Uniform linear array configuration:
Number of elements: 48
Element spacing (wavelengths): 0.5
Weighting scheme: uniform
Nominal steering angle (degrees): -45
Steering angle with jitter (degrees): -43.414
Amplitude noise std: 0.05
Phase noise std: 0.05

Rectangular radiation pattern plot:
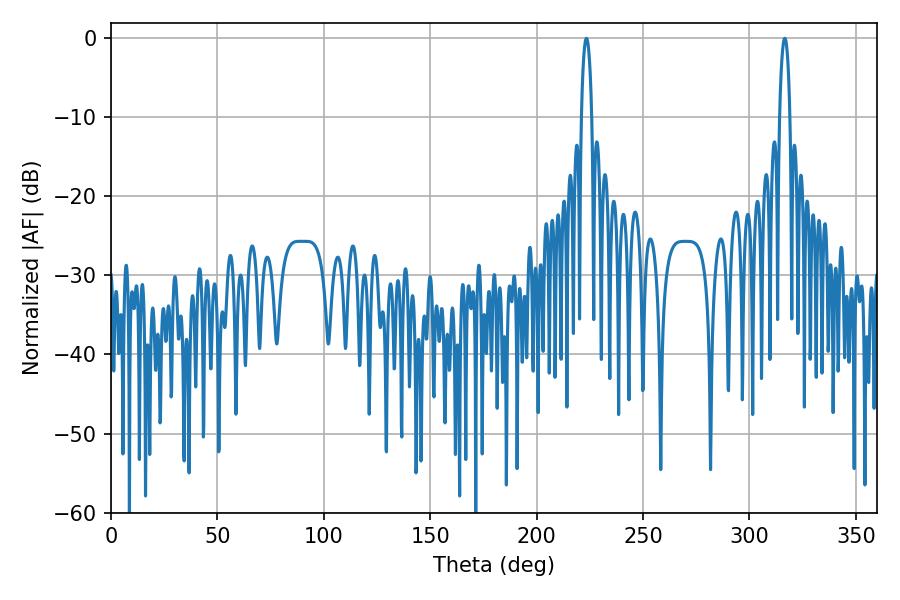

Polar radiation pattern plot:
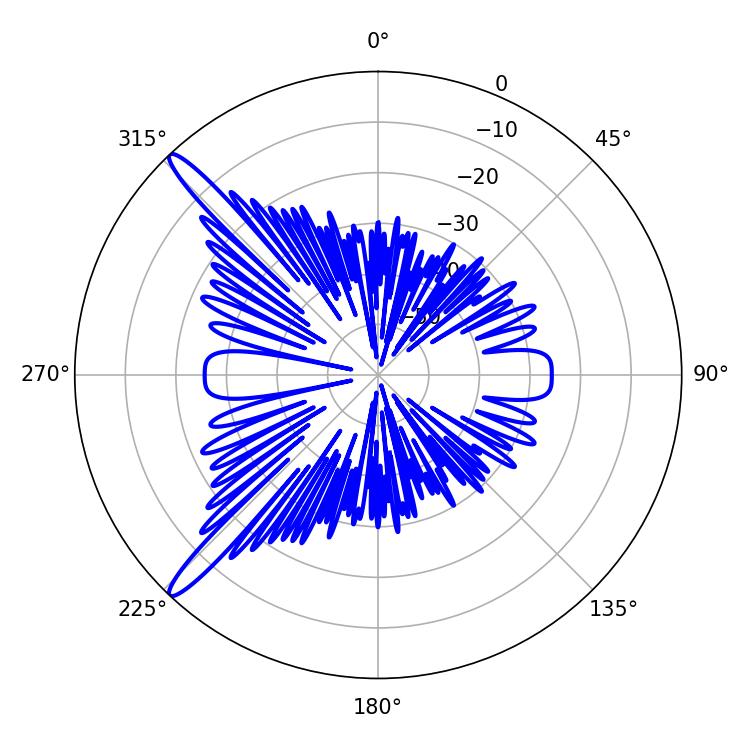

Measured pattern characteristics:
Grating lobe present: FALSE
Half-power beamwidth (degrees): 2.7
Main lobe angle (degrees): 223.38